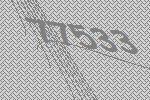
77533